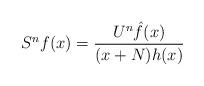
LaTeX: \begin{align*}S^n f(x) = \frac{U^n \hat{f}(x)}{(x+N)h(x)} \end{align*}